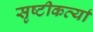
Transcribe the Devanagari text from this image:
सृष्टीकर्त्या